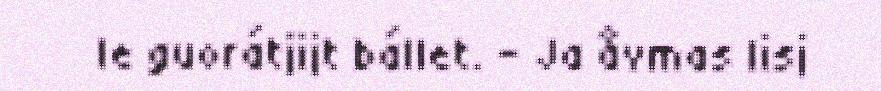
le guorátjijt bállet. – Ja åvmas lisj